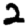
Digit: 2